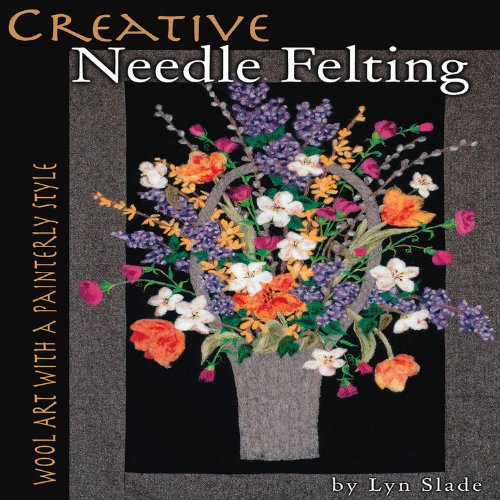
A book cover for Creative Needle Felting: Wool Art with a Painterly Style; Lyn Slade; Crafts, Hobbies & Home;